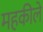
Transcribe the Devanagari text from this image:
महकीले